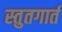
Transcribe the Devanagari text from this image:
स्तुतगार्त